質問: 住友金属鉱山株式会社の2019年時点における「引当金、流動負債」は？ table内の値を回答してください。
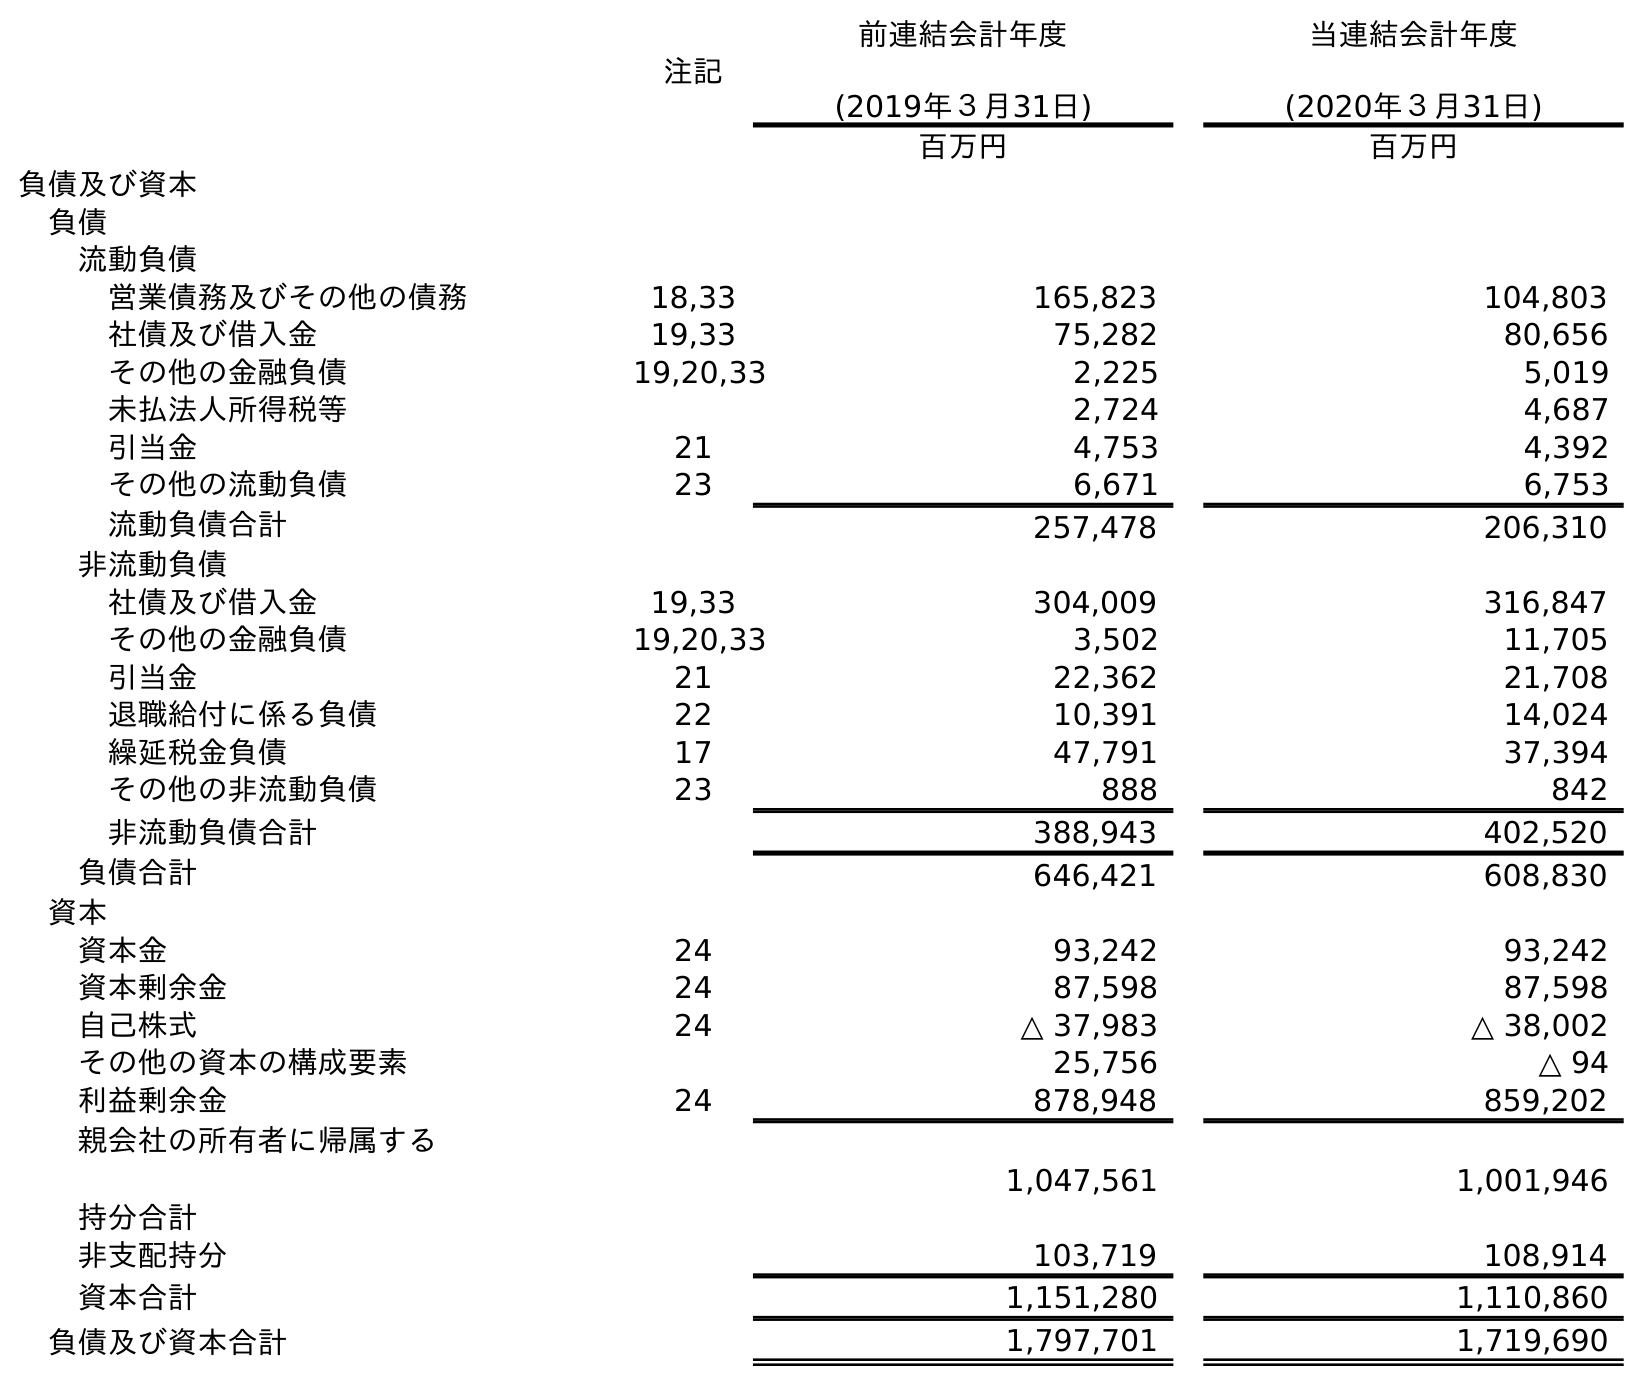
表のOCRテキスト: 注記 前連結会計年度 (2019年３月31日) 当連結会計年度 (2020年３月31日) 百万円 百万円 負債及び資本 負債 流動負債 営業債務及びその他の債務 18,33 165,823 104,803 社債及び借入金 19,33 75,282 80,656 その他の金融負債 19,20,33 2,225 5,019 未払法人所得税等 2,724 4,687 引当金 21 4,753 4,392 その他の流動負債 23 6,671 6,753 流動負債合計 257,478 206,310 非流動負債 社債及び借入金 19,33 304,009 316,847 その他の金融負債 19,20,33 3,502 11,705 引当金 21 22,362 21,708 退職給付に係る負債 22 10,391 14,024 繰延税金負債 17 47,791 37,394 その他の非流動負債 23 888 842 非流動負債合計 388,943 402,520 負債合計 646,421 608,830 資本 資本金 24 93,242 93,242 資本剰余金 24 87,598 87,598 自己株式 24 △ 37,983 △ 38,002 その他の資本の構成要素 25,756 △ 94 利益剰余金 24 878,948 859,202 親会社の所有者に帰属する 持分合計 1,047,561 1,001,946 非支配持分 103,719 108,914 資本合計 1,151,280 1,110,860 負債及び資本合計 1,797,701 1,719,690
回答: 4,753